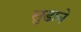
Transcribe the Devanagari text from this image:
सुडाने